Civil Veterinary Dept. North-West Frontier Province 1923-32 - 1923-1932
Year: 1923
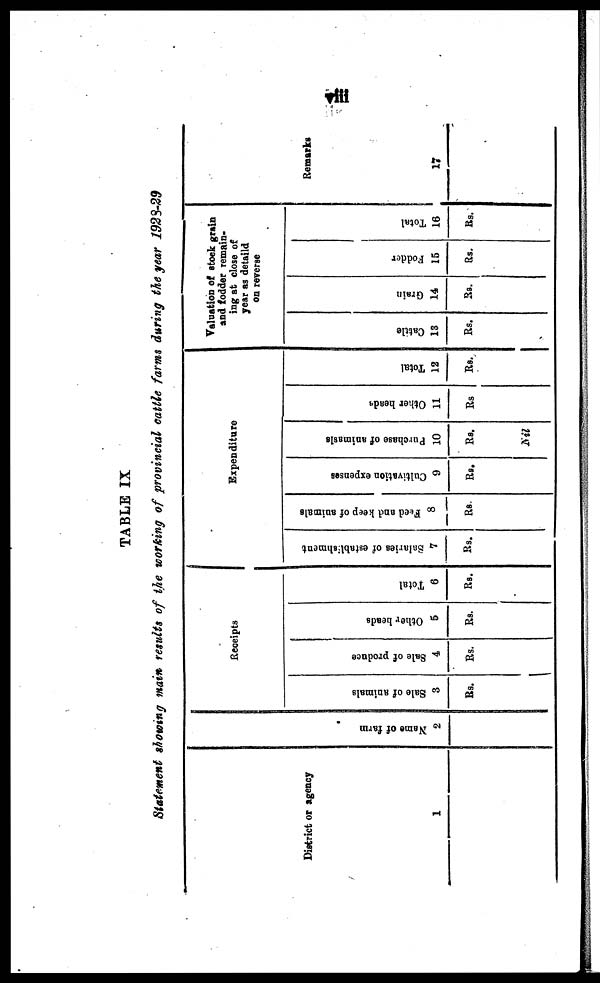
viii
TABLE IX
Statement showing main results of the working of provincial cattle farms during the year 1928-29
District or agency
1
Na me of f ar m
2
Receipts
Sale of animals
3
Rs.
Sale of produce
4
Rs.
Other beads
5
Rs.
Total
6
Rs.
Expenditure
Salaries
of establishment
7
Rs.
Feed
and keep of animals
8
Rs.
Cultivation expenses
9
Rs.
Purchase of animals
10
Rs.
Nil
Other heads
11
Rs
Total
12
Rs.
Valuation of stock grain
and fodder remain-
ing at close of
year as detaild
on reverse
Cattle
13
Rs.
Grain
14
Rs.
Fodder
15
Rs.
Total
16
Rs.
Remarks
17